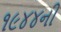
૧૯૪૪ની